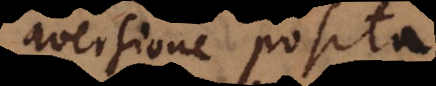
aversione posita